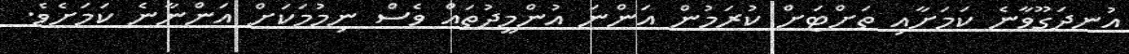
އުނދަގޫވާނެ ކަމަށާއި ތަށްޓަށް ކުރަމުން އަންނަ އުންމީދުތައް ވެސް ނިމުމަކަށް އަންނާނެ ކަމަށެވެ.